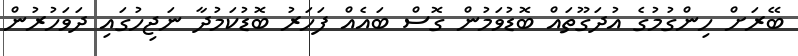
ބޭރަށް ހިންގުމުގެ އުދަގޫތައް ބޮޑުވަމުން ގޮސް ބައެއް ފަހަރު ބޮޑުކަމުދާ ނަޖިހުގައި ދަވަހުރުން